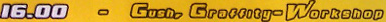
16.00 - Gush. Graffity-Workshop